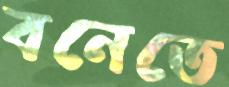
বনেতে